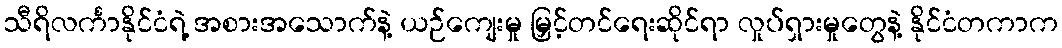
သီရိလင်္ကာနိုင်ငံရဲ့ အစားအသောက်နဲ့ ယဉ်ကျေးမှု မြှင့်တင်ရေးဆိုင်ရာ လှုပ်ရှားမှုတွေနဲ့ နိုင်ငံတကာက